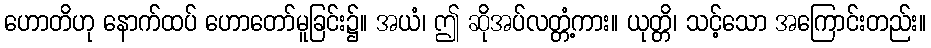
ဟောတိဟု နောက်ထပ် ဟောတော်မူခြင်း၌။ အယံ၊ ဤ ဆိုအပ်လတ္တံ့ကား။ ယုတ္တိ၊ သင့်သော အကြောင်းတည်း။